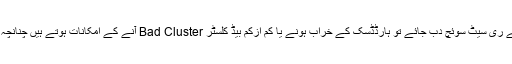
اس کے ساتھ ساتھ اگر ہارڈڈسک پر فائل محفوظ کرنے کے دوران غلطی سے ری سیٹ سوئچ دب جائے تو ہارڈڈسک کے خراب ہونے یا کم ازکم بیڈ کلسٹر Bad Cluster آنے کے امکانات ہوتے ہیں چنانچہ ایسے حادثات سے بچنے کے لیے کچھ نہ کچھ بندوبست کرنا ضروری ہے۔